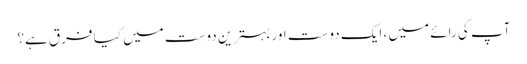
آپ کی رائے میں ، ایک دوست اور بہترین دوست میں کیا فرق ہے؟